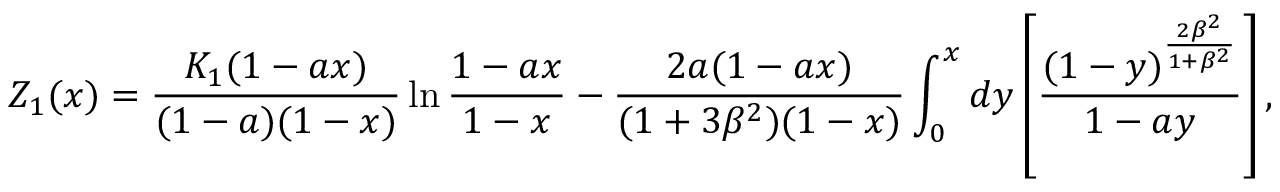
{ Z } _ { 1 } ( x ) = { \frac { K _ { 1 } ( 1 - a x ) } { ( 1 - a ) ( 1 - x ) } } \ln { \frac { 1 - a x } { 1 - x } } - { \frac { 2 a ( 1 - a x ) } { ( 1 + 3 \beta ^ { 2 } ) ( 1 - x ) } } \int _ { 0 } ^ { x } d y \left[ { \frac { ( 1 - y ) ^ { \frac { 2 \beta ^ { 2 } } { 1 + \beta ^ { 2 } } } } { 1 - a y } } \right] ,